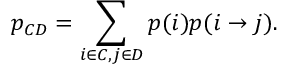
p _ { C D } = \sum _ { i \in C , j \in D } p ( i ) p ( i \to j ) .